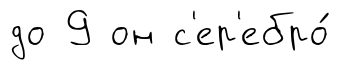
до 9 он с'ер'ебро́